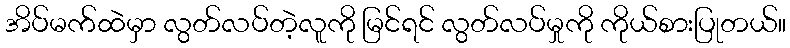
အိပ်မက်ထဲမှာ လွတ်လပ်တဲ့လူကို မြင်ရင် လွတ်လပ်မှုကို ကိုယ်စားပြုတယ်။